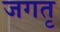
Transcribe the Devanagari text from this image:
जगतृ